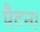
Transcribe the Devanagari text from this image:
पैटन।